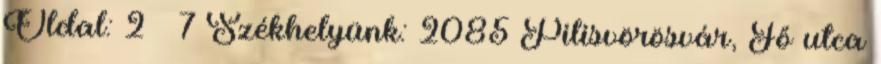
Oldal: 2 7 Székhelyünk: 2085 Pilisvörösvár, Fő utca